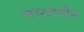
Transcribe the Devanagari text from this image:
भाररातील